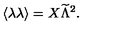
\langle \lambda \lambda \rangle = X { \widetilde \Lambda } ^ { 2 } .